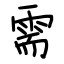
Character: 需